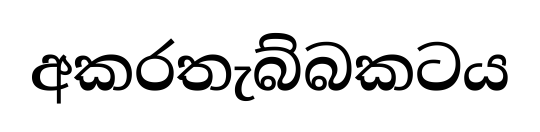
අකරතැබ්බකටය